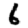
Digit: 6